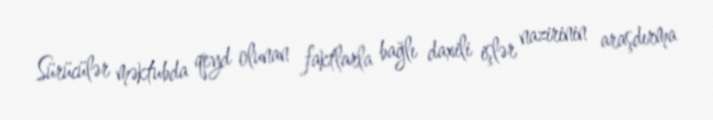
Sürücülər məktubda qeyd olunan faktlarla bağlı daxili işlər nazirinin araşdırma